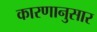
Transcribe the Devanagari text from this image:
कारणानुसार